Account of plague administration in the Bombay Presidency from September 1896 till May 1897
Year: 1896
Disease focus: Plague
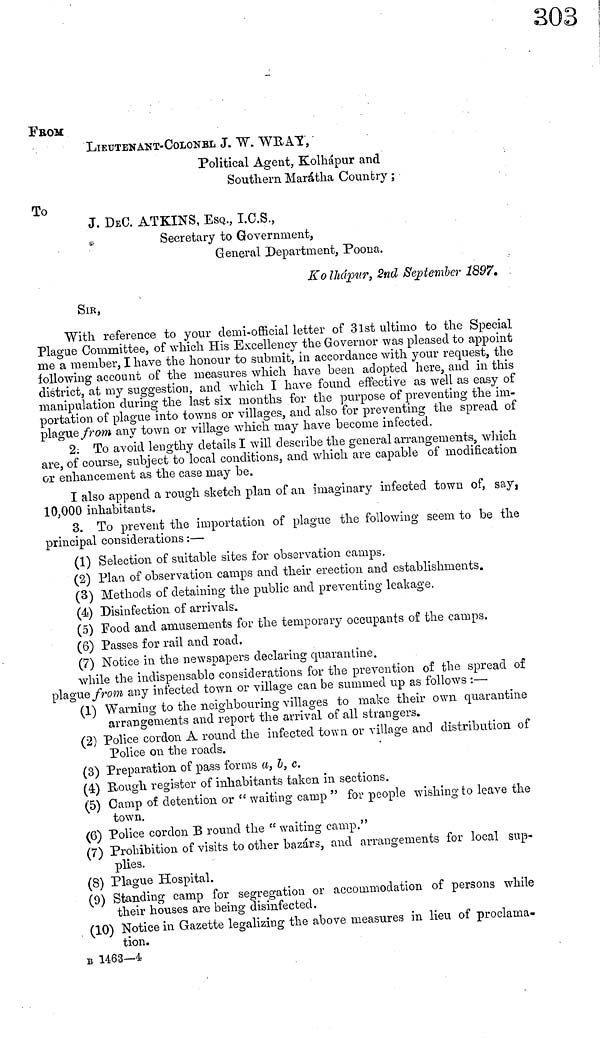
FROM
LIEUTENANT-COLONEL J. W. WRAY,
Political Agent, Kolhápur and
Southern Marátha Country ;
To
J. DEC. ATKINS, ESQ., I.C.S.,
Secretary to Government,
General Department, Poona.
Kolhápur 2nd September 1897.
SIR,
With reference to your demi-official letter of 31st ultimo to the Special
Plague Committee, of which His Excellency the Governor was pleased to appoint
me a member, I have the honour to submit, in accordance with your request, the
following account of the measures which have been adopted here, and in this
district, at my suggestion, and which I have found effective as well as easy of
manipulation during the last six months for the purpose of preventing the im-
portation of plague into towns or villages, and also for preventing the spread of
plague from any town or village which may have become infected.
2. To avoid lengthy details I will describe the general arrangements, which
are, of course, subject to local conditions, and which are capable of modification
or enhancement as the case may be.
I also append a rough sketch plan of an imaginary infected town of, say,
10,000 inhabitants.
3. To prevent the importation of plague the following seem to be the
principal considerations :—
(1) Selection of suitable sites for observation camps.
(2) Plan of observation camps and their erection and establishments.
(3) Methods of detaining the public and preventing leakage.
(4) Disinfection of arrivals.
(5) Food and amusements for the temporary occupants of the camps.
(6) Passes for rail and road.
(7) Notice in the newspapers declaring quarantine.
while the indispensable considerations for the prevention of the spread of
plague from any infected town or village can be summed up as follows :—
(1) Warning to the neighbouring villages to make their own quarantine
arrangements and report the arrival of all strangers.
(2) Police cordon A round the infected town or village and distribution of
Police on the roads.
(3) Preparation of pass forms a, b, c.
(4) Bough register of inhabitants taken in sections.
(5) Camp of detention or "waiting camp " for people wishing to leave the
town.
(6) Police cordon B round the " waiting camp."
(7) Prohibition of visits to other bazárs, and arrangements for local sup-
plies.
(8) Plague Hospital.
(9) Standing camp for segregation or accommodation of persons while
their houses are being disinfected.
(10) Notice in Gazette legalizing the above measures in lieu of proclama-
tion.
B 1463—4.